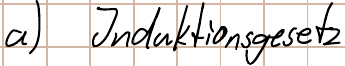
a) Induktionsgesetz